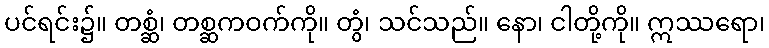
ပင်ရင်း၌။ တစ္ဆံ၊ တစ္ဆကဝက်ကို။ တွံ၊ သင်သည်။ နော၊ ငါတို့ကို။ ဣဿရော၊